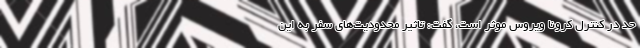
حد در کنترل کرونا ویروس موثر است، گفت: تاثیر محدودیت‌های سفر به این